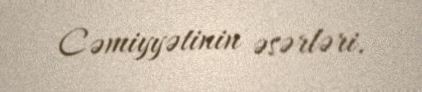
Cəmiyyətinin əsərləri.